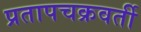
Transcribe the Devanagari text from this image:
प्रतापचक्रवर्ती